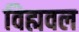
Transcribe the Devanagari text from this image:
विह्मवल